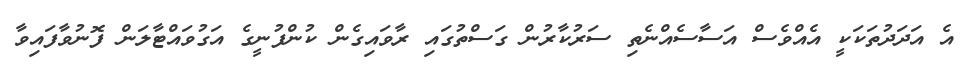
އެ އަދަދުތަކަކީ އެއްވެސް އަސާސެއްނެތި ސަރުކާރުން ގަސްތުގައި ރާވައިގެން ކުންފުނީގެ އަގުވައްޓާލަން ފޮނުވާފައިވާ